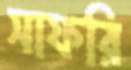
সাফরি